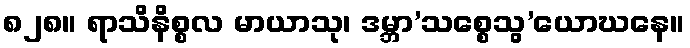
၈၂၈။ ရာသိနိစ္စလ မာယာသု၊ ဒမ္ဘာ’သစ္စေသွ’ယောဃနေ။